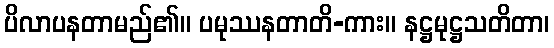
ပိလာပနတာမည်၏။ ပမုဿနတာတိ-ကား။ နဋ္ဌမုဋ္ဌသတိတာ၊